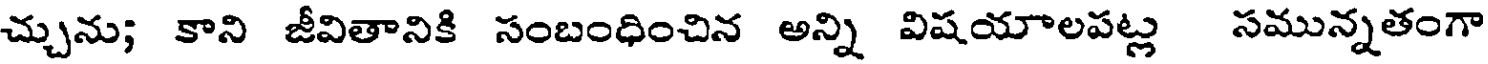
చ్చును; కాని జీవితానికి సంబంధించిన అన్ని విషయాలపట్ల సమున్నతంగా